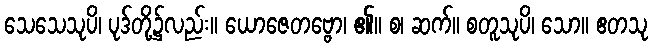
သေသေသုပိ၊ ပုဒ်တို့၌လည်း။ ယောဇေတဗ္ဗော၊ ၏။ စ၊ ဆက်။ စတူသုပိ၊ သော။ ဧတသု